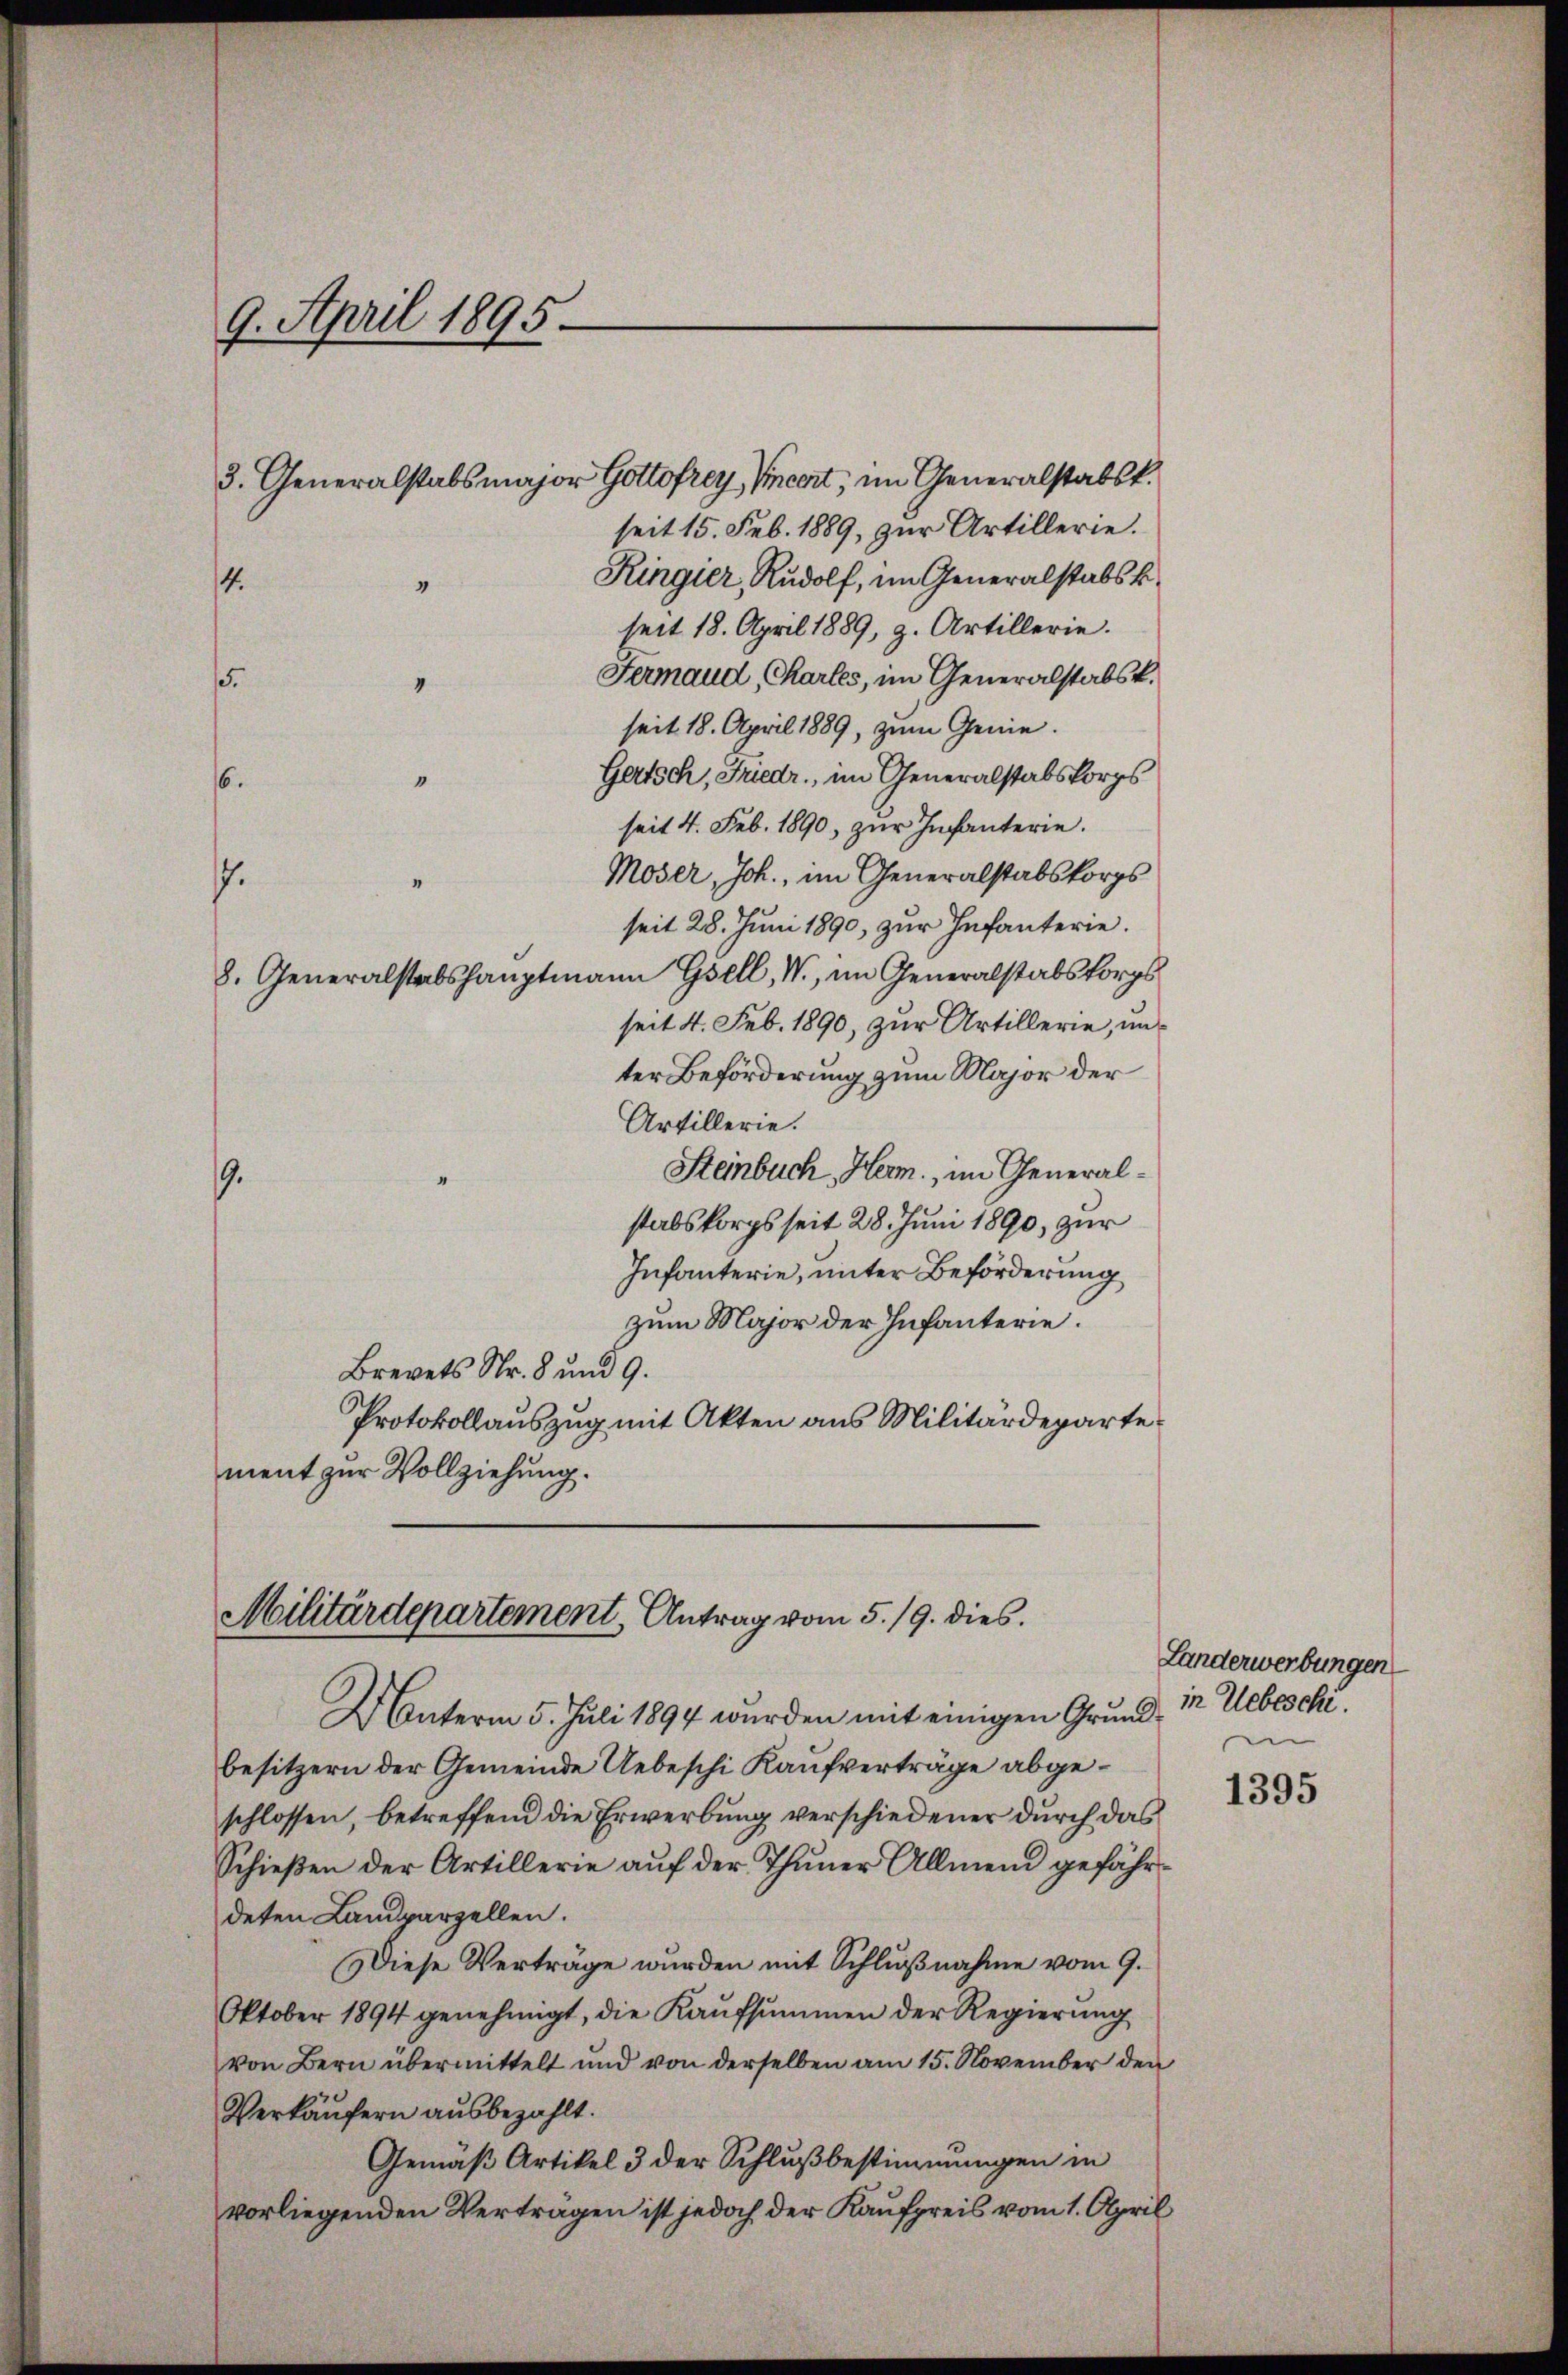
9. April 1895.
3. Generalstabsmajor Gottofrey Incert; im Generalstabsk.
4.
“
5.
6.

seit 15. Feb. 1889, zur Artillerie.
Ringier, Rudolf, im Generalstabsk
seit 18. April 1889, z. Artillerie.
Fermaud, Charles, im Generalstabsk.
seit 18. April 1889, zum Genie¬
Gertsch, Friedr., im Generalstabskorps
seit 4. Feb. 1890, zŭr Infanterie.
Moser, Joh., im Generalstabskorps
“
.
seit 28. Juni 1890, zur Infanterie.
8. Generalstabshauptmann Gsell, W., im Generalstabsforgs
seit 4. Feb. 1890, zur Artillerie, unter Beförderung zum Major der
Artillerie.
Steinbuch, Herm., im General¬
9.
stabskorps seit 28. Juni 1890, zur
Infanterie, unter Beförderung
zum Major der Infanterie.
Brevets Nr. 8 und 9.
Protokollauszug mit Akten aus Militärdepartement zur Vollziehung.

Militärdepartement, Antrag vom 5./9. dies

Unterm 5. Juli 1894 wurden mit einigen Grund-
besitzern der Gemeinde Uebeschi Kaufverträge abgeschlossen, betreffend die Erwerbung verschiedener durch das
Schießen der Artillerie auf der Thuner Allmend gefährdeten Landparzellen.
Diese Verträge wurden mit Schlußnahme vom 9.
Oktober 1894 genehmigt, die Kaŭfsŭmmen der Regierŭng
von Bern übermittelt und von derselben am 15. November den
Verkäufern ausbezahlt.
Gemäß Artikel 3 der Schlußbestimmungen in
vorliegenden Verträgen ist jedoch der Kaufpreis vom 1. April

Landerwerbungen
in Uebeschi.
e

1395